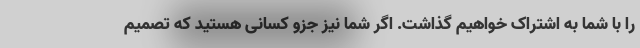
را با شما به اشتراک خواهیم گذاشت. اگر شما نیز جزو کسانی هستید که تصمیم